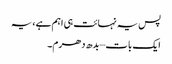
پس یہ نہائت ہی اہم ہے، یہ
ایک بات – بدھ دھرم۔